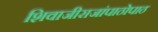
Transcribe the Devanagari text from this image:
शिवाजीराजांपाठोपाठ